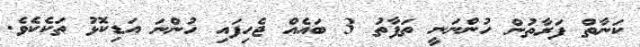
ކަނާތް ފަރާތުން ހުންނަނީ ތަފާތު 3 ބައެއް ޖެހިފައި ހުންނަ އަޑިކޮޅު ތަކެކެވެ.